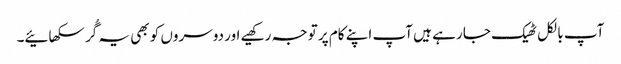
آپ بالکل ٹھیک جا رہے ہیں آپ اپنے کام پر توجہ رکھیے اور دوسروں کو بھی یہ گُر سکھائیے۔